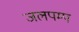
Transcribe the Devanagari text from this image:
जलपम्प